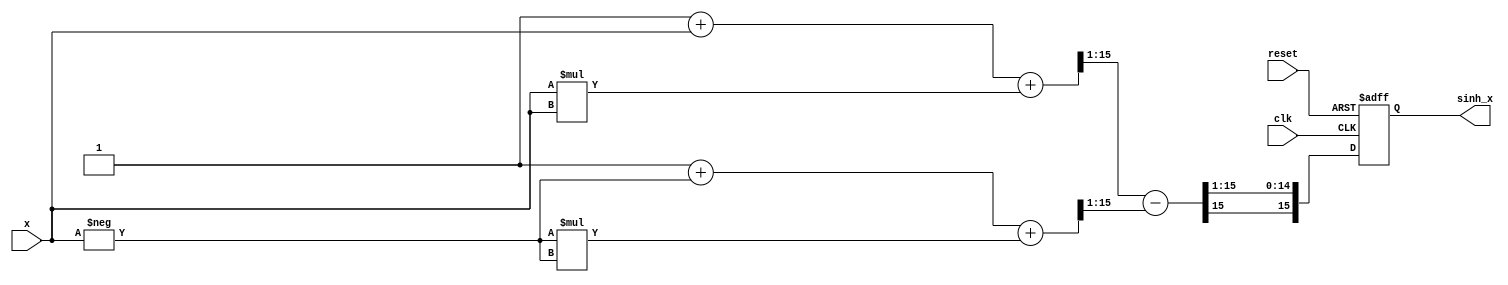
module sinh_arithmetic_block (
    input wire signed [15:0] x,          // Input signal (fixed-point representation)
    output reg signed [15:0] sinh_x,     // Output signal (fixed-point representation)
    input wire clk,                       // Clock signal
    input wire reset                      // Reset signal
);

    // Internal signals
    wire signed [15:0] exp_x;            // e^x
    wire signed [15:0] exp_neg_x;        // e^(-x)
    wire signed [15:0] exp_diff;         // e^x - e^(-x)
    wire signed [15:0] exp_div_2;        // (e^x - e^(-x)) / 2

    // Exponential function approximator (simple polynomial approximation)
    function signed [15:0] exp_approx;
        input signed [15:0] value;
        begin
            // Polynomial approximation of e^x (up to x^2 term for simplicity)
            // e^x  1 + x + x^2 / 2
            exp_approx = (16'h0001 + value + (value * value) >>> 1);
        end
    endfunction

    // Compute e^x and e^(-x)
    assign exp_x = exp_approx(x);
    assign exp_neg_x = exp_approx(-x);

    // Compute e^x - e^(-x)
    assign exp_diff = exp_x - exp_neg_x;

    // Compute (e^x - e^(-x)) / 2
    assign exp_div_2 = exp_diff >>> 1; // Right shift by 1 to divide by 2

    // Sequential logic to update output
    always @(posedge clk or posedge reset) begin
        if (reset) begin
            sinh_x <= 16'h0000; // Reset output
        end else begin
            sinh_x <= exp_div_2; // Update output with computed sinh value
        end
    end

endmodule